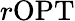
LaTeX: r\mathrm{OPT}